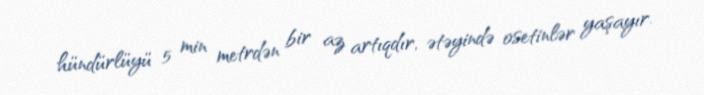
hündürlüyü 5 min metrdən bir az artıqdır, ətəyində osetinlər yaşayır.